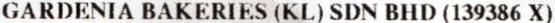
GARDENIA BAKERIES (KL) SDN BHD (139386 X)